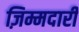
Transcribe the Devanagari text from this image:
ज़िम्मदारी